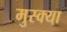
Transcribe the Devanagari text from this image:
मुस्क्या